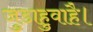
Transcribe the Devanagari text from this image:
जुडाहुवाहै।